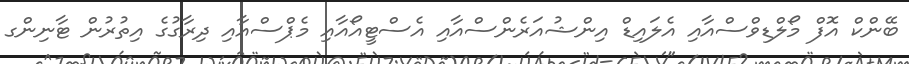
ބޭންކް އޮފް މޯލްޑިވްސްއާއި އެލައިޑް އިންޝުއަރެންސްއާއި އެސްޓީއޯއާއި މެޕްސްއާއި ދިރާގުގެ އިތުރުން ޓާނިންގ